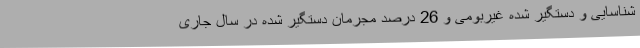
شناسایی و دستگیر شده غیربومی و 26 درصد مجرمان دستگیر شده در سال جاری